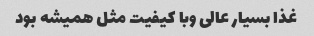
غذا بسیار عالی وبا کیفیت مثل همیشه بود